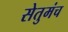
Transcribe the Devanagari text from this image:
सेतुमंच